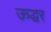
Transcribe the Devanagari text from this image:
ऊद्धर